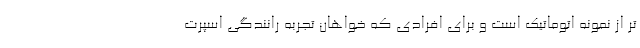
تر از نمونه اتوماتیک است و برای افرادی که خواهان تجربه رانندگی اسپرت